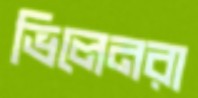
ভিলেনরা